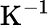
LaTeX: \textrm{K}^{-1}